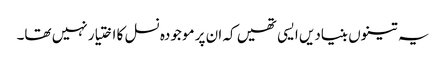
یہ تینوں بنیادیں ایسی تھیں کہ ان پر موجودہ نسل کا اختیار نہیں تھا۔